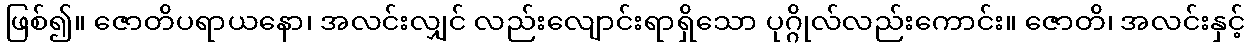
ဖြစ်၍။ ဇောတိပရာယနော၊ အလင်းလျှင် လည်းလျောင်းရာရှိသော ပုဂ္ဂိုလ်လည်းကောင်း။ ဇောတိ၊ အလင်းနှင့်